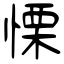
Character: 慄